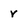
Character: v